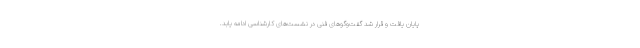
پایان یافت و قرار شد گفت‌وگوهای فنی در نشست‌های کارشناسی ادامه یابد.